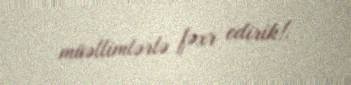
müəllimlərlə fəxr edirik!.